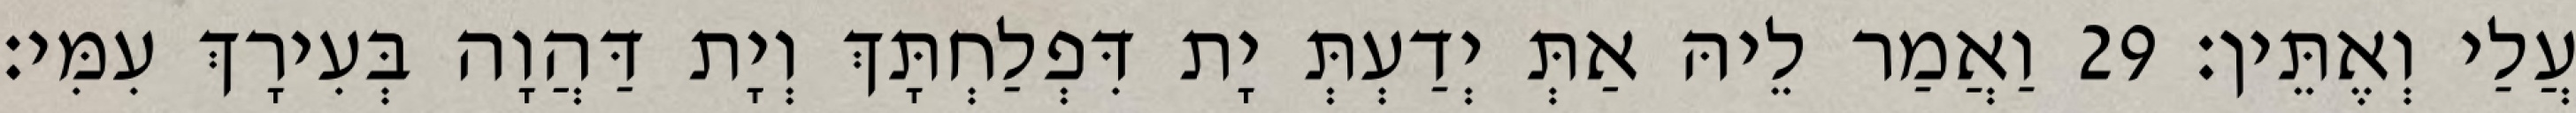
עֲלַי וְאֶתֵּין׃ 29 וַאֲמַר לֵיהּ אַתְּ יְדַעְתְּ יָת דִּפְלַחְתָּךְ וְיָת דַּהֲוָה בְּעִירָךְ עִמִּי׃